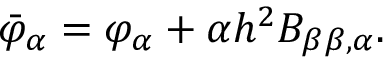
\bar { \varphi } _ { \alpha } = \varphi _ { \alpha } + \alpha h ^ { 2 } B _ { \beta \beta , \alpha } .